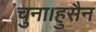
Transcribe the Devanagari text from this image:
चुना।हुसैन